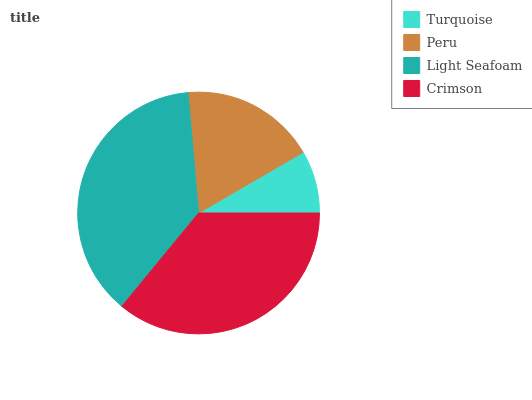
| Turquoise | Peru | Light Seafoam | Crimson |
 | --- | --- | --- | --- |
 | 8.37% | 18% | 37.7% | 36% |